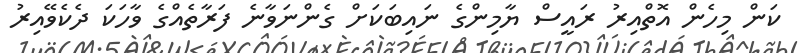
ކަން މިހެން އޮތްއިރު ރައީސް ޔާމިންގެ ނައިބަކަށް ގެންނަވާނެ ފަރާތެއްގެ ވާހަކަ ދެކެވޭއިރު